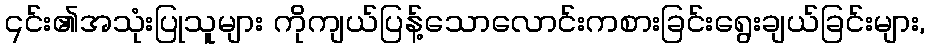
၎င်း၏အသုံးပြုသူများ ကိုကျယ်ပြန့်သောလောင်းကစားခြင်းရွေးချယ်ခြင်းများ,